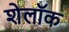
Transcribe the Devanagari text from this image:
शेलॉक